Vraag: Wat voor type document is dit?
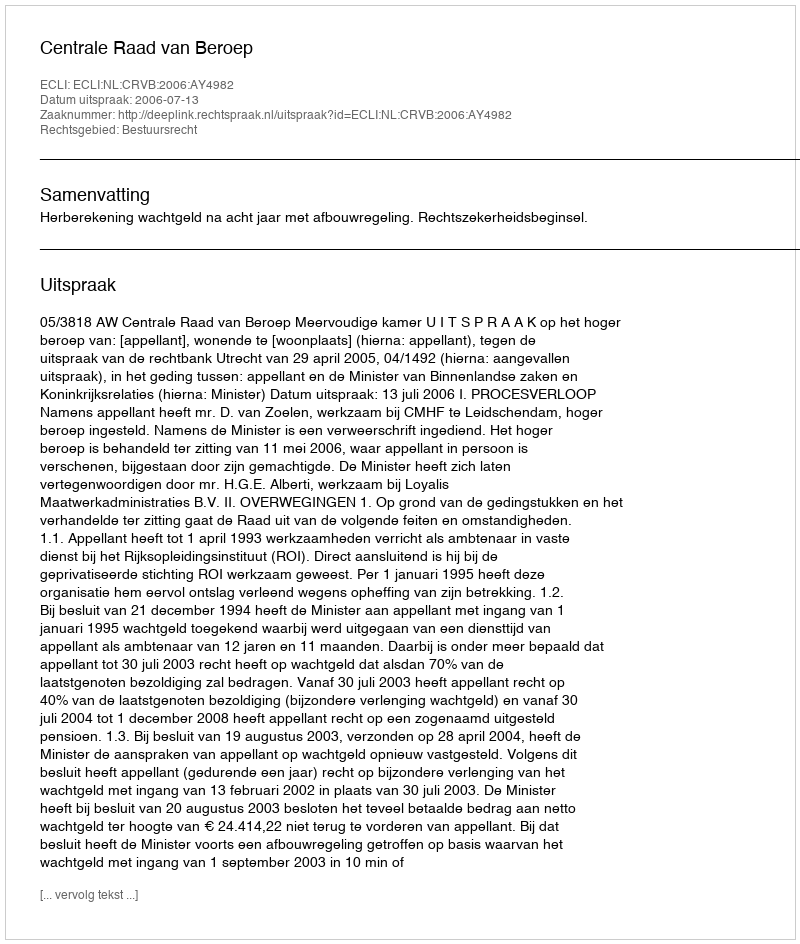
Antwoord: Uitspraak